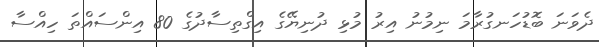
ދެވަނަ ބޮޑުހަނގުރާމަ ނިމުނު އިރު މުޅި ދުނިޔޭގެ އިގްތިސާދުގެ 80 އިންސައްތަ ހިއްސާ